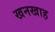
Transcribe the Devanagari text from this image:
खनखाह